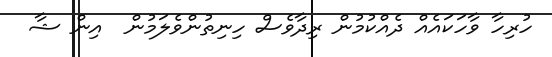
ހުރިހާ ވާހަކައެއް ދެއްކުމުން ރިދާވެސް ހިނިތުންވެލަމުން  އިން ޝާ